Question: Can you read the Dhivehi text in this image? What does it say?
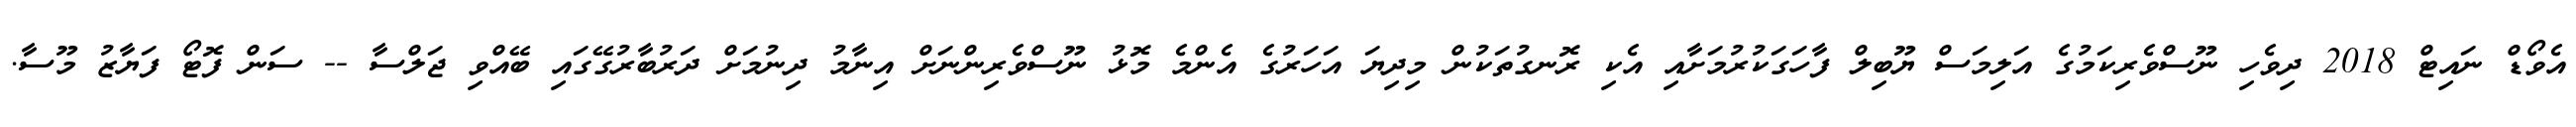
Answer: އެވޯޑް ނައިޓް 2018 ދިވެހި ނޫސްވެރިކަމުގެ އަލިމަސް ޔޫބިލް ފާހަގަކުރުމަށާއި އެކި ރޮނގުތަކުން މިދިޔަ އަހަރުގެ އެންމެ މޮޅު ނޫސްވެރިންނަށް އިނާމު ދިނުމަށް ދަރުބާރުގޭގައި ބޭއްވި ޖަލްސާ -- ސަން ފޮޓޯ ފަޔާޒު މޫސާ.